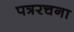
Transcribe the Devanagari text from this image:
पत्ररचना